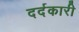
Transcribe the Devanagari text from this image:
दर्दकारी